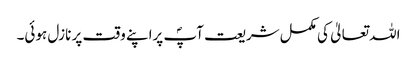
اللہ تعالیٰ کی مکمل شریعت آپؐ پراپنے وقت پر نازل ہوئی۔